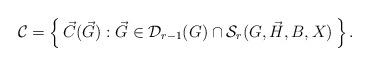
LaTeX: \begin{align*} \mathcal{C} = \left\{\, \vec{C}(\vec{G}) : \vec{G} \in \mathcal{D}_{r-1}(G) \cap \mathcal{S}_r(G, \vec{H}, B, X) \, \right\}. \end{align*}